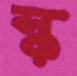
স্ক